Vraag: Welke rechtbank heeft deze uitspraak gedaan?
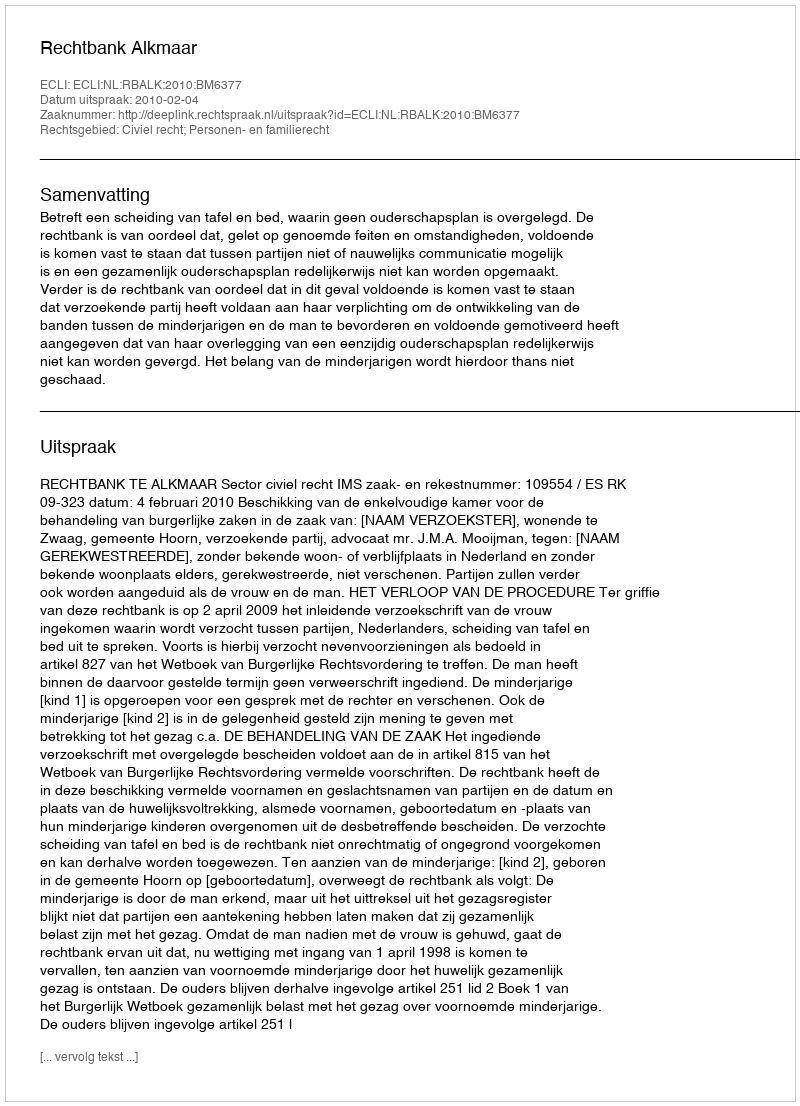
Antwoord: Rechtbank Alkmaar